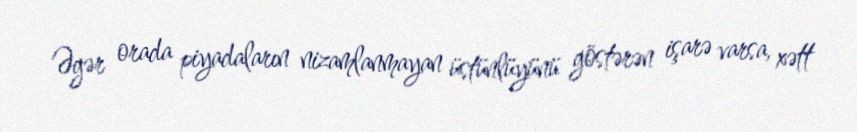
Əgər orada piyadaların nizamlanmayan üstünlüyünü göstərən işarə varsa, xətt